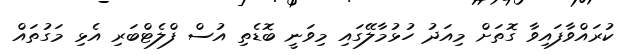
ކުރައްވާފައިވާ ގޮތަށް މިއަދު ހުޅުމާލޭގައި މިވަނީ ބޮޑެތި އުސް ފްލެޓްބަރި އެޅި މަގުތައް